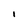
Character: i